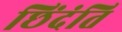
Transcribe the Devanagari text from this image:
छिंदंति